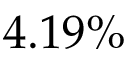
4 . 1 9 \%